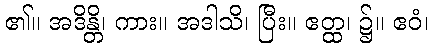
၏။ အဒိန္တိ၊ ကား။ အဒါသိ၊ ပြီး။ ဧတ္ထ၊ ၌။ ဧဝံ၊